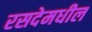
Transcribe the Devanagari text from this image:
रसदेमधील